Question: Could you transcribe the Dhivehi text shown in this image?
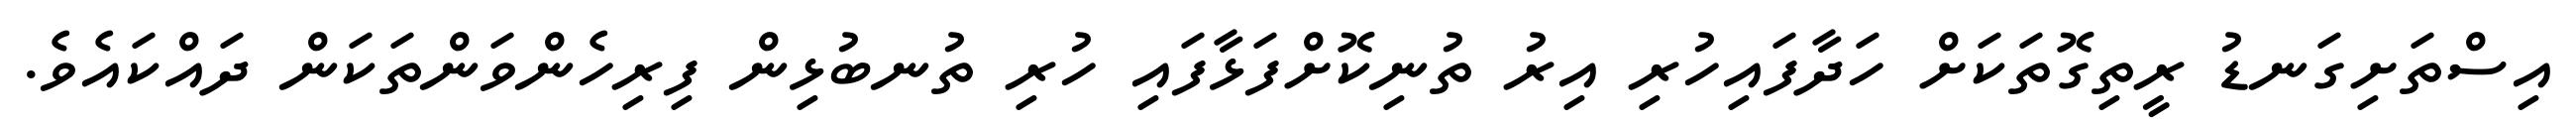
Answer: އިސްތަށިގަނޑު ރީތިގޮތަކަށް ހަދާފައިހުރި އިރު ތުނިކޮށްފަޅާފައި ހުރި ތުނބުޅިން ފިރިހެންވަންތަކަން ދައްކައެވެ.